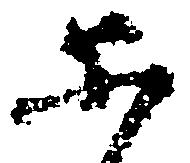
等